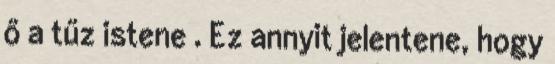
ő a tűz istene . Ez annyit jelentene, hogy